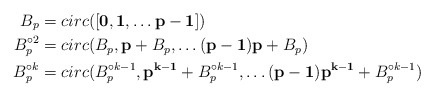
\begin{align*}B_p& = circ( [\mathbf{0}, \mathbf{1}, \ldots \mathbf{p-1}] )\\B_p^{\circ 2}& = circ( B_p, \mathbf{p} + B_p, \ldots \mathbf{(p-1) p} + B_p)\\B_p^{\circ k}& = circ( B_p^{\circ k-1 }, \mathbf{p^{k-1}} + B_p^{\circ k-1 }, \ldots \mathbf{(p-1) p^{k-1}} + B_p^{\circ k-1})\end{align*}